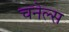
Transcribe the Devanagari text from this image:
चनेल्स